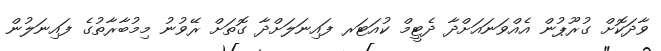
ވާދަކޮށް ގުރޫޕުން އެއްވަނައަށްދާ ދެޓީމް ކުއަޓަރ ފައިނަލަށްދާ ގޮތަށް ރޭވުނު މިމުބާރާތުގެ ފައިނަލުން